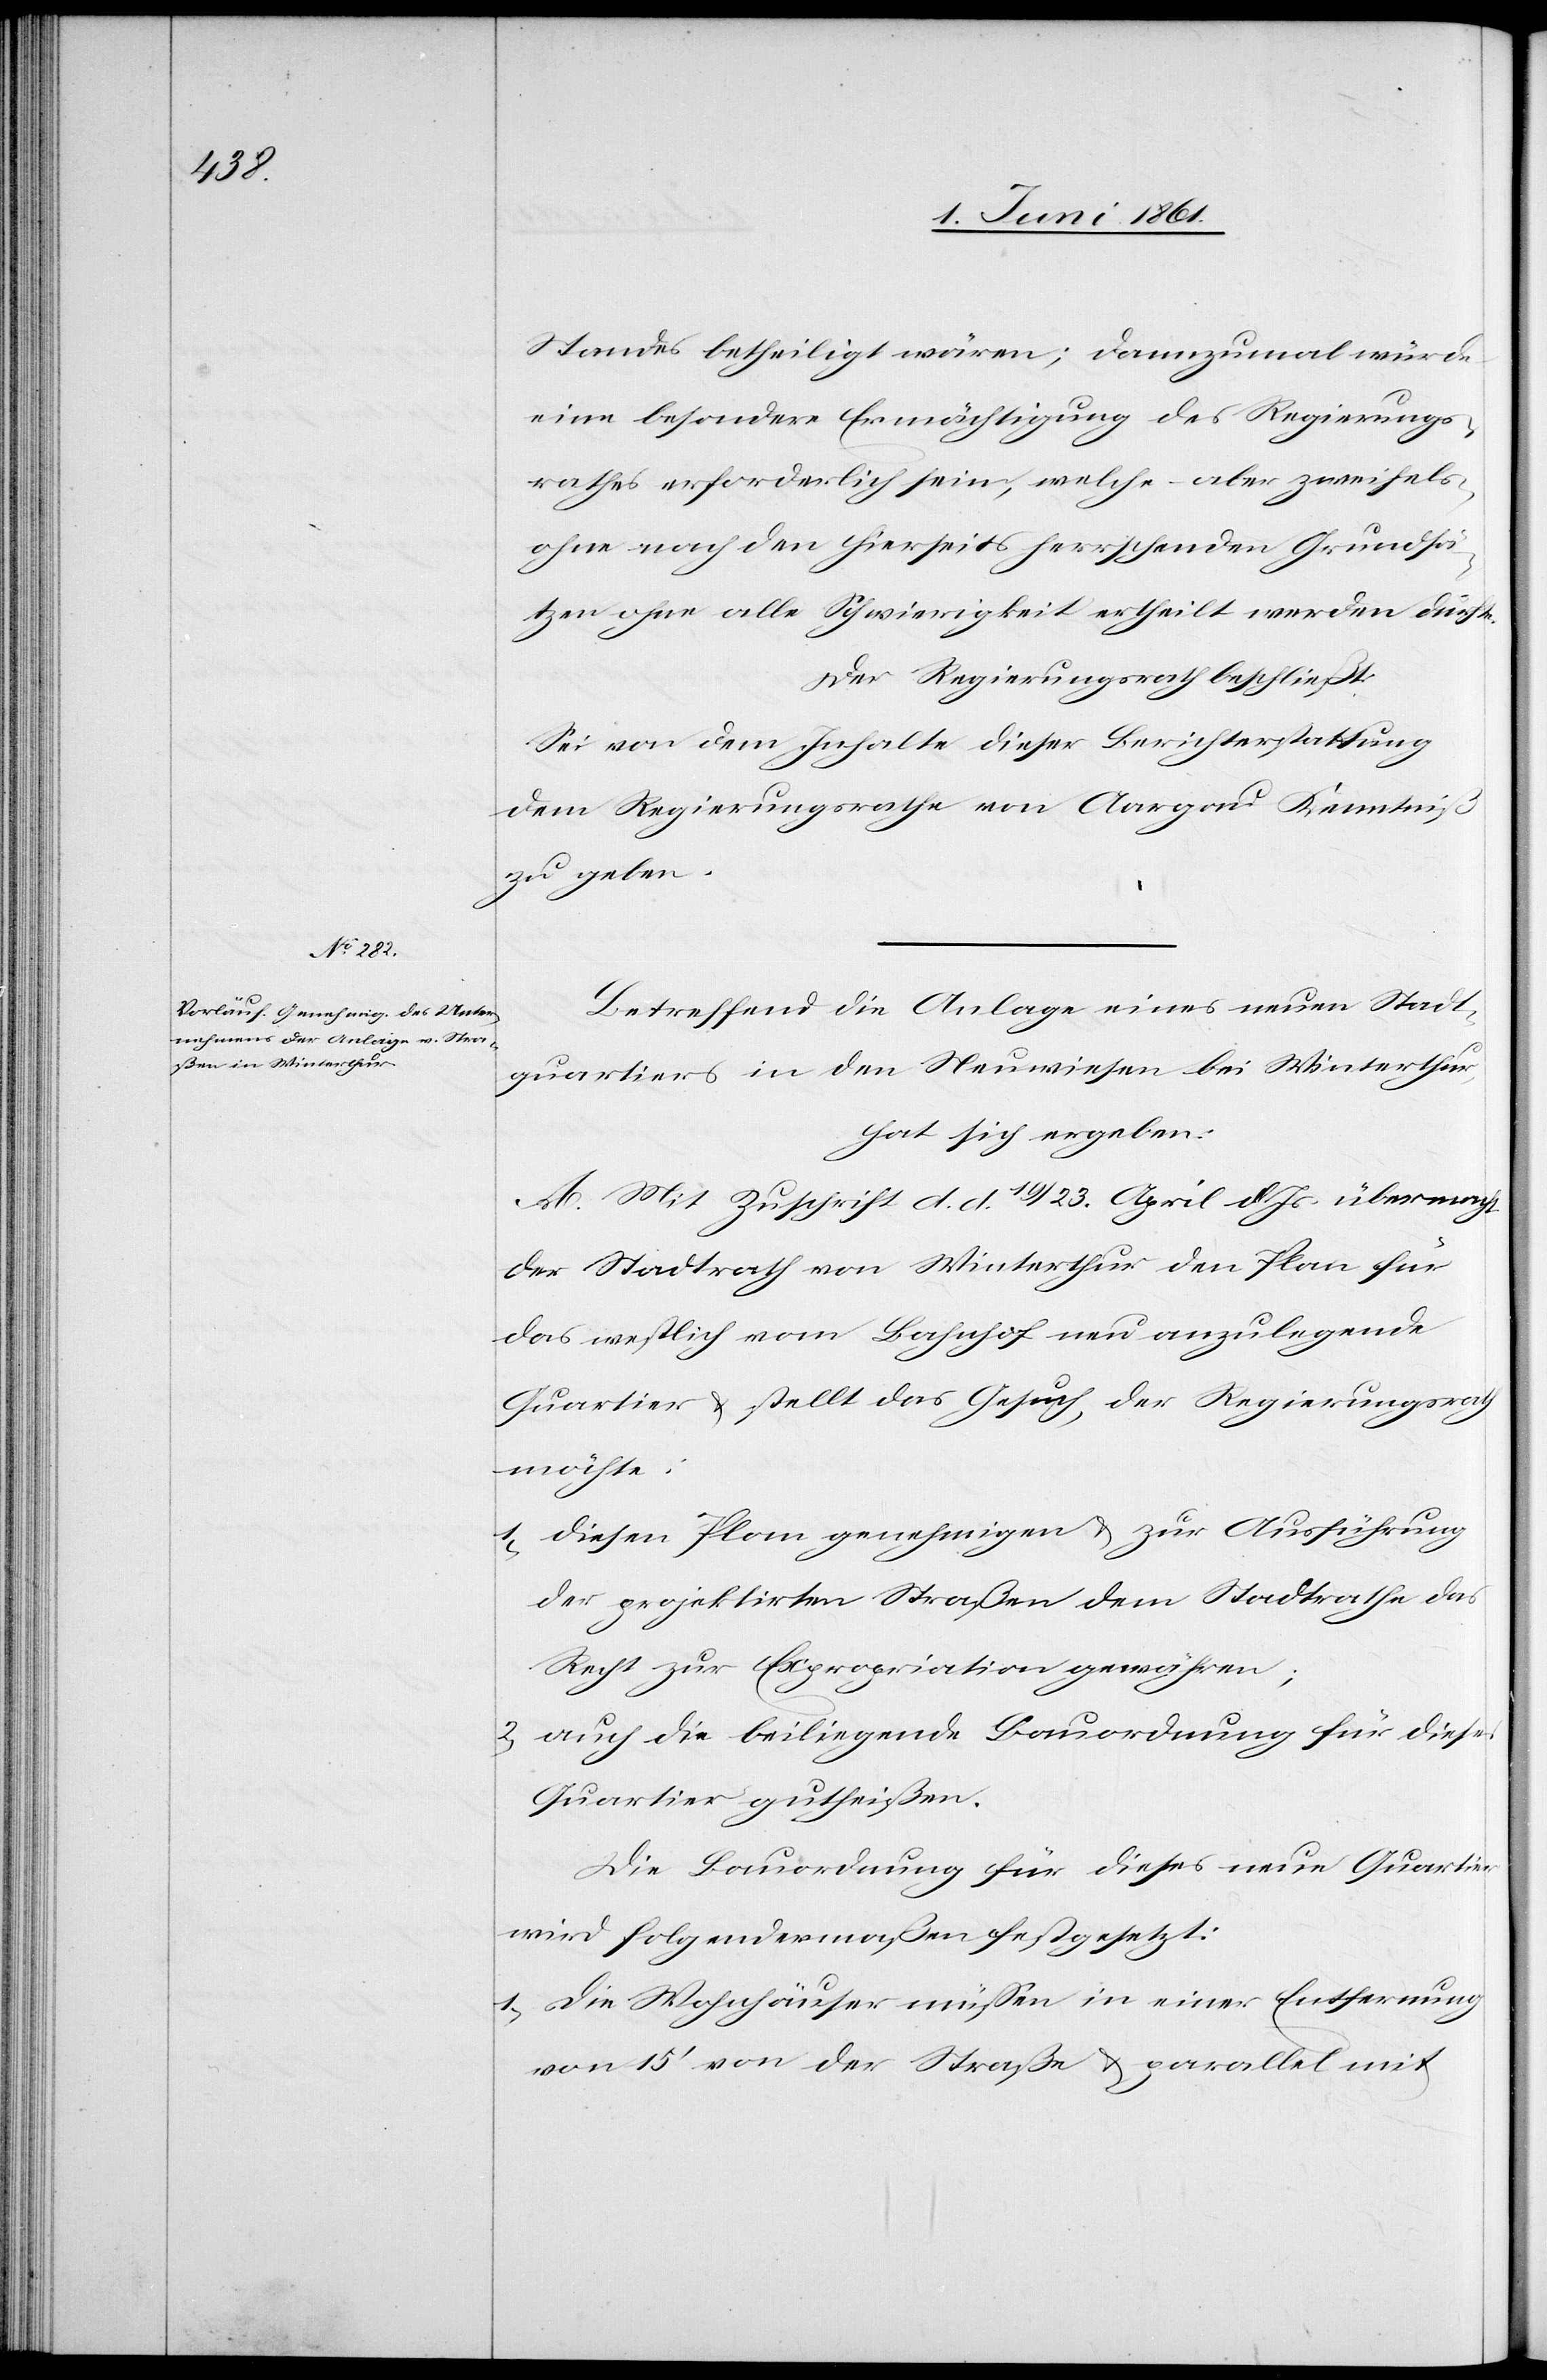
Standes betheiligt wären; dannzumal würde
eine besondere Ermächtigung des Regierungs¬
rathes erforderlich sein, welche aber zweifels¬
ohne nach den hierseits herrschenden Grundsä¬
tzen ohne alle Schwierigkeit ertheilt werden dürfte.
Der Regierungsrath beschließt:
Sei von dem Inhalte dieser Berichterstattung
dem Regierungsrathe von Aargau Kenntniß
zu geben.
Betreffend die Anlage eines neuen Stadt¬
quartiers in den Neuwiesen bei Winterthur,
hat sich ergeben:
A. Mit Zuschrift d. d. 19. / 23. April d. J. übermacht
der Stadtrath von Winterthur den Plan für
das westlich vom Bahnhof neu anzulegende
Quartier u. stellt das Gesuch, der Regierungsrath
möchte:
1) diesen Plane genehmigen u. zur Ausführung
der projektirten Straßen dem Stadtrathe das
Recht zur Expropriation gewähren;
2) auch die beiliegende Bauordnung für dieses
Quartier gutheißen.
Die Bauordnung für dieses neue Quartier
wird folgendermaßen festgesetzt:
1) Die Wohnhäuser müssen in einer Entfernung
von 15’ von der Straße u. parallel mit